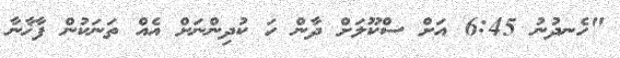
"ހެނދުނު 6:45 އަށް ސްކޫލަށް ދާން ހަ ކުދިންނަށް އެއް ތަނަކުން ފާޚާނާ